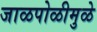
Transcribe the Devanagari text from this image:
जाळपोळीमुळे